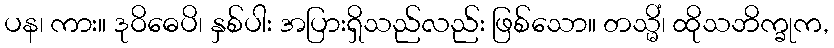
ပန၊ ကား။ ဒုဝိဓေပိ၊ နှစ်ပါး အပြားရှိသည်လည်း ဖြစ်သော။ တသ္မိံ၊ ထိုသဘိက္ခုက,